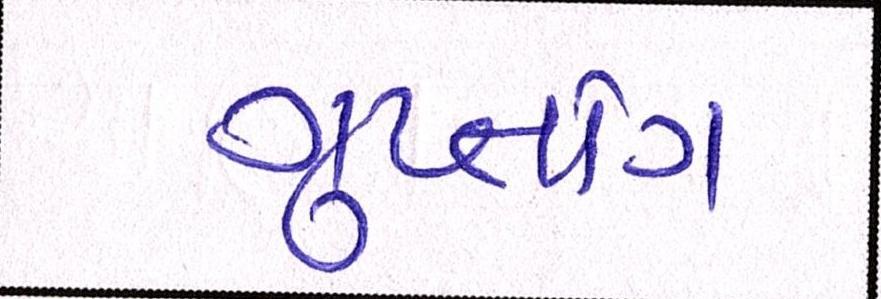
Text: ગુપ્તાંગ